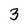
Character: 3